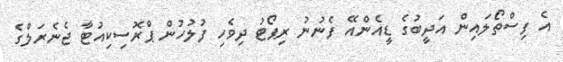
އެ ފިސްތޯލައިން އަދީބުގެ ޑީއެންއޭ ފެނުނު ރިޕޯޓު ދިވެހި ފުލުހުން ޕްރޮސިކިއުޓާ ޖެނެރަލްގެ